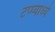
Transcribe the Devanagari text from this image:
टप्प्याध्ये